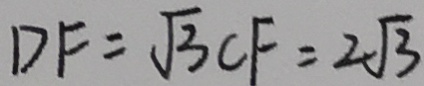
D F = \sqrt { 3 } C F = 2 \sqrt { 3 }